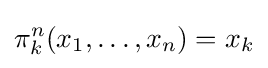
\pi _{k}^{n}(x_{1},\dots ,x_{n})=x_{k}